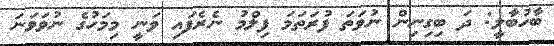
ބާހުބާލީ: ދަ ބިގިނިން ނުވަތަ ފުރަތަމަ ފިލްމު ނެރެފައި ވަނީ މިމަހުގެ ނުވަވަނަ